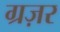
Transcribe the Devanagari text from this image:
ग्रज़र